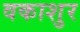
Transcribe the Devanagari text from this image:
वकाशुर